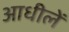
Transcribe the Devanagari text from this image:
आधीलें